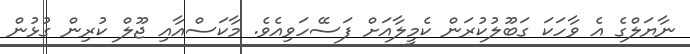
ނާޔަލްގެ އެ ވާހަކަ ގަބޫލުކުރަން ކެމީލާއަށް ފަސޭހަވިއެވެ. މާކަސްއާއި ޖޫލް ކުރިން ގުޅުން